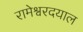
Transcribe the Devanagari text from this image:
रामेश्वरदयाल